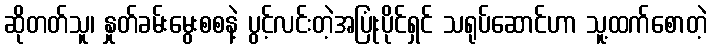
ဆိုတတ်သူ၊ နှုတ်ခမ်းမွေးစစနဲ့ ပွင့်လင်းတဲ့အပြုံးပိုင်ရှင် သရုပ်ဆောင်ဟာ သူ့ထက်စောတဲ့